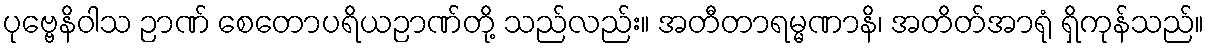
ပုဗ္ဗေနိဝါသ ဉာဏ် စေတောပရိယဉာဏ်တို့ သည်လည်း။ အတီတာရမ္မဏာနိ၊ အတိတ်အာရုံ ရှိကုန်သည်။